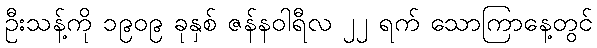
ဦးသန့်ကို ၁၉၀၉ ခုနှစ် ဇန်နဝါရီလ ၂၂ ရက် သောကြာနေ့တွင်